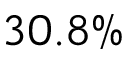
3 0 . 8 \%